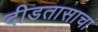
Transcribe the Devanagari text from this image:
दीडतासाचा